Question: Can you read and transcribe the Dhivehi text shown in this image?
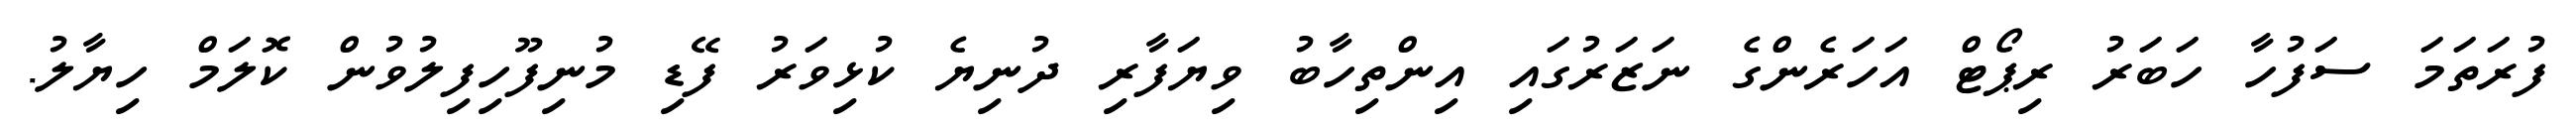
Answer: ފުރަތަމަ ސަފުހާ ހަބަރު ރިޕޯޓް އަހަރެންގެ ނަޒަރުގައި އިންތިހާބު ވިޔަފާރި ދުނިޔެ ކުޅިވަރު ފޭޑި މުނިފޫހިފިލުވުން ކޮލަމް ހިޔާލު.